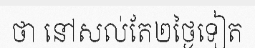
ថា នៅសល់តែ២ថ្ងៃទៀត